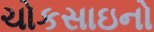
ચોકસાઇનો